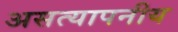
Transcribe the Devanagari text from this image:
असत्यापनीय